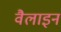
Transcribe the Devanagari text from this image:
वैलाइन